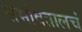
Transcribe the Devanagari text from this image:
सभोवतालचं